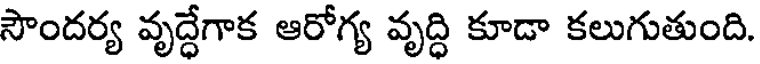
సౌందర్య వృద్ధేగాక ఆరోగ్య వృద్ధి కూడా కలుగుతుంది.